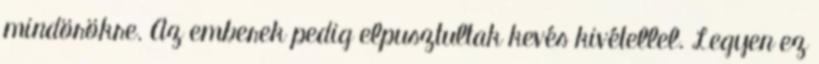
mindörökre. Az emberek pedig elpusztultak kevés kivétellel. Legyen ez